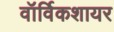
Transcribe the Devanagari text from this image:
वॉर्विकशायर